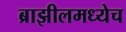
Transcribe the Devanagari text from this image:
ब्राझीलमध्येच